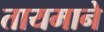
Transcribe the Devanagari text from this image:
तायमाने